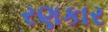
રણકાર